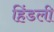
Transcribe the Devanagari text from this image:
हिंडली